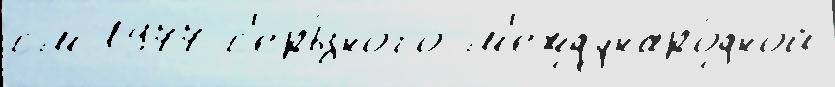
см 1977 с'ерь́зного м'еждунаро́дной